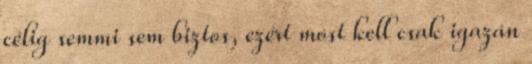
célig semmi sem biztos, ezért most kell csak igazán